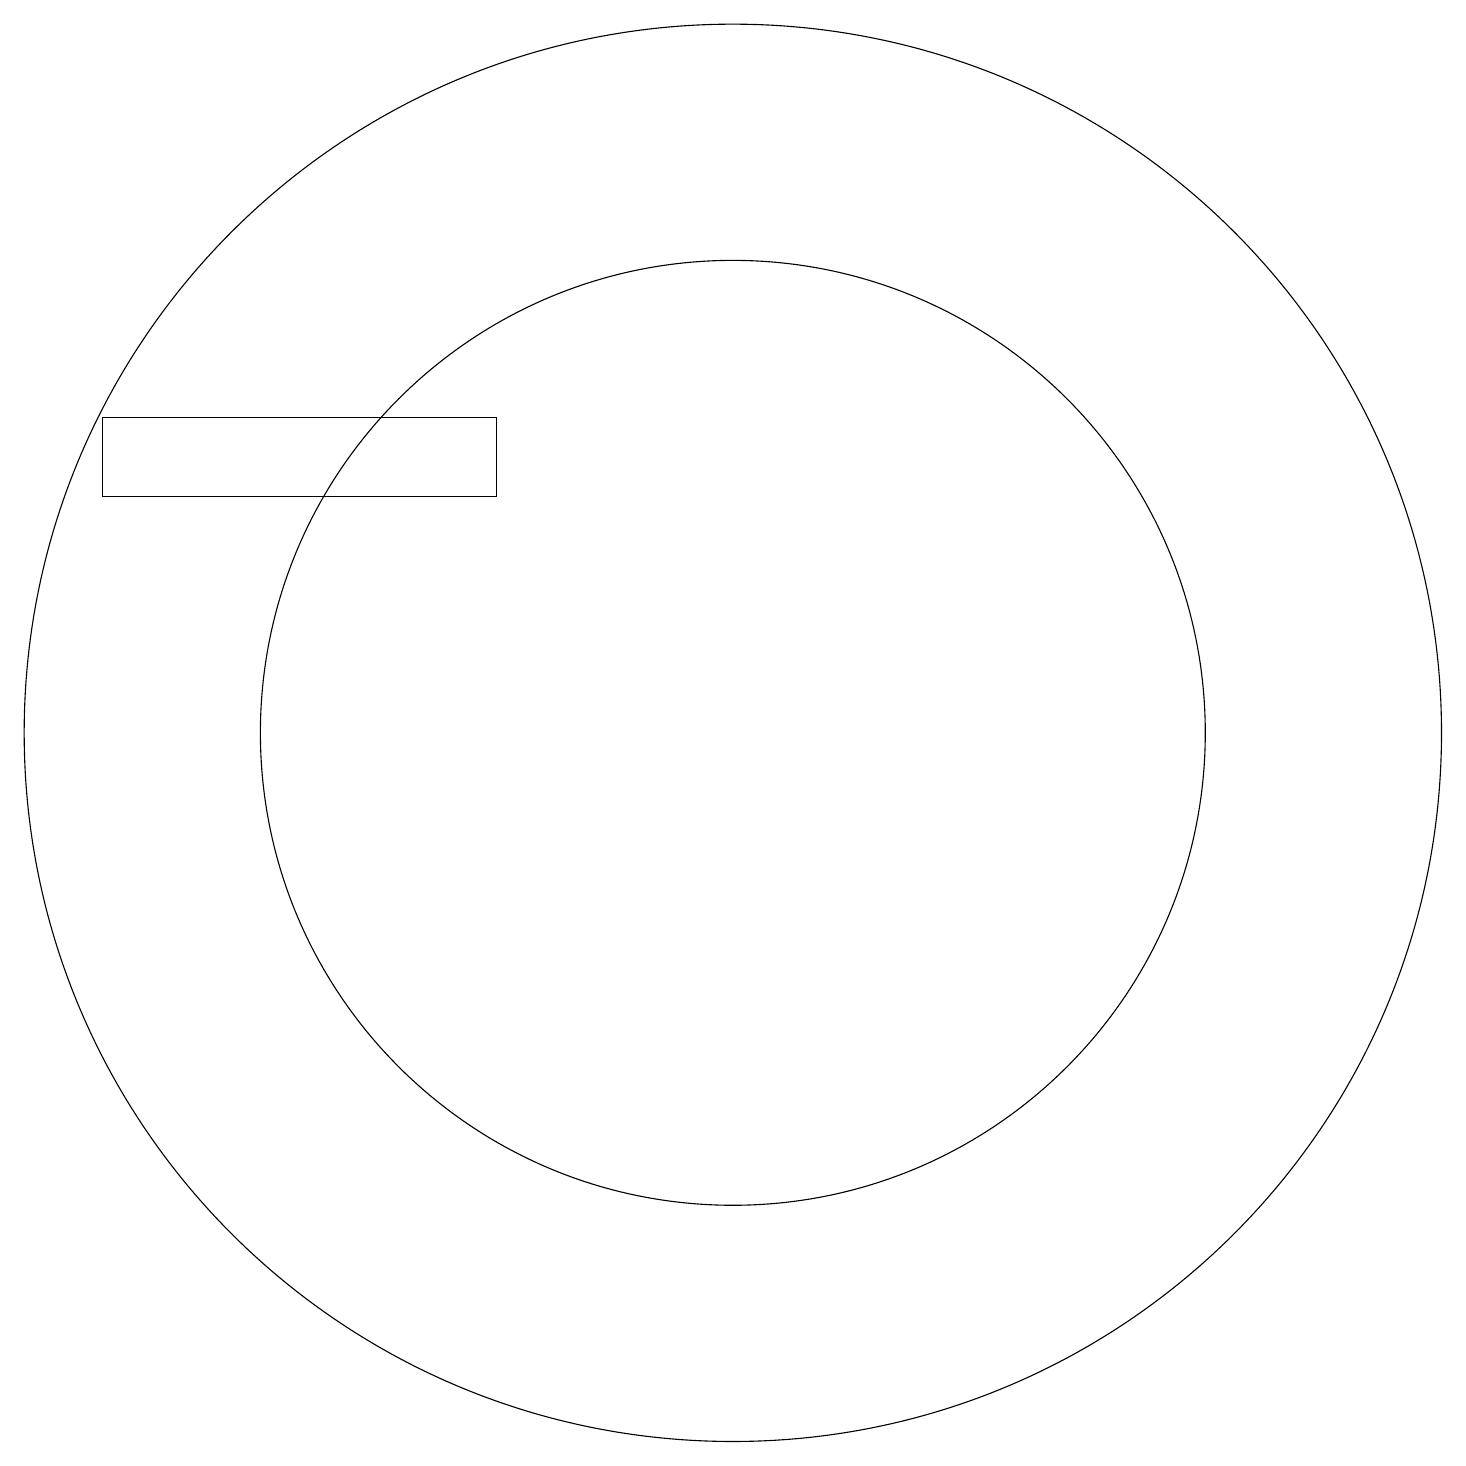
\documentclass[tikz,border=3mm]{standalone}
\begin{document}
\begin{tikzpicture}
\draw (11,11) circle (9);
\draw (8,15) rectangle (3,14);
\draw (11,11) circle (6);
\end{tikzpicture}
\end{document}